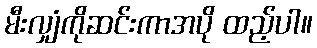
မီးလျှံကိုဆင်းကာအပို ထည့်ပါ။